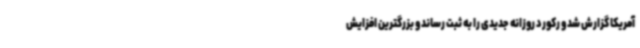
آمریکا گزارش شد و رکورد روزانه جدیدی را به ثبت رساند و بزرگترین افزایش